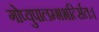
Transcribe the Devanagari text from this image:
गोप्युपालम्भभर्त्सितः।